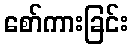
စော်ကားခြင်း